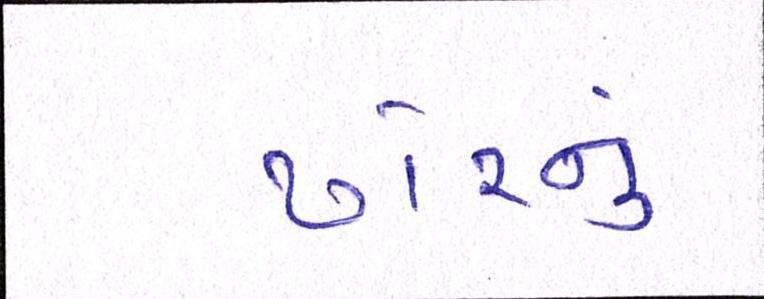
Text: ઢોરનું